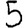
Digit: 5